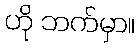
ဟို ဘက်မှာ။